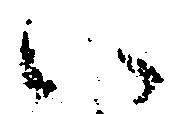
い